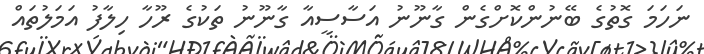
ނަހަމަ ގޮތުގެ ބޭނުންކޮށްގެން ގާނޫނު އަސާސީއާ ގާނޫނު ތަކުގެ ރޫހާ ހިލާފު އަމަލުތައް